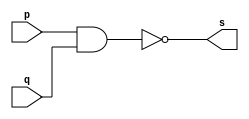
// ------------------------- 
// Exercicio0003 - NAND 
// Nome: Fabio Fiuza Pereira
// ------------------------- 
// ------------------------- 
// -- nand gate 
// ------------------------- 
module nandgate ( output s, 
input p, 
input q); 
assign s = ~(p & q); 
endmodule // nandgate 
// --------------------- 
// -- test nand gate 
// --------------------- 
module testnandgate; 
// ------------------------- dados locais 
reg a, b; // definir registradores 
wire s; // definir conexao (fio) 
// ------------------------- instancia 
nandgate NAND1 (s, a, b); 
// ------------------------- preparacao 
initial begin:start 
// atribuicao simultanea 
// dos valores iniciais 
a=0; b=0; 
end 
// ------------------------- parte principal 
initial begin 
$display("Exercicio0004 -Fabio Fiuza Pereira - 406087"); 
$display("Test NAND gate"); 
$display("\na & b = s\n"); 
a=0; b=0; 
#1 $display("%b & %b = %b", a, b, s); 
a=0; b=1; 
#1 $display("%b & %b = %b", a, b, s); 
a=1; b=0; 
#1 $display("%b & %b = %b", a, b, s); 
a=1; b=1; 
#1 $display("%b & %b = %b", a, b, s); 
end 
endmodule // testandgate